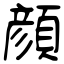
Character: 顔